Civil Veterinary Department. Central Provinces & Berar 1932-41 - 1932-1941
Year: 1932
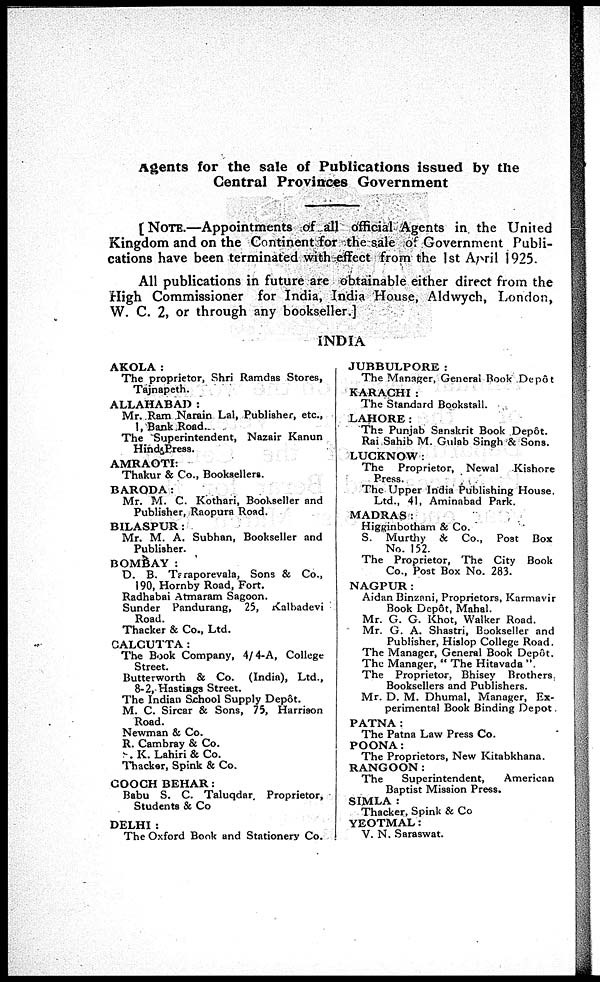
Agents for the sale of Publications issued by the
Central Provinces Government
[NOTE.—Appointments of all official Agents in the United
Kingdom and on the Continent for the sale of Government Publi-
cations have been terminated with effect from the 1st April 1925.
All publications in future are obtainable either direct from the
High Commissioner for India, India House, Aldwych, London,
W. C. 2, or through any bookseller.]
INDIA
AKOLA:
The proprietor, Shri Ramdas Stores,
Tajnapeth.
ALLAHABAD :
Mr. Ram Narain Lal, Publisher, etc.,
1, Bank Road..
The Superintendent, Nazair Kanun
Hind, Press.
AMRAOTI:
Thakur & Co., Booksellers.
BARODA:
Mr. M. C. Kothari, Bookseller and
Publisher, Raopura Road.
BILASPUR :
Mr. M. A. Subhan, Bookseller and
Publisher.
BOMBAY :
D. B. Taraporevala, Sons & Co.,
190, Hornby Road, Fort.
Radhabai Atmaram Sagoon.
Sunder Pandurang, 25, Kalbadevi
Road.
Thacker & Co., Ltd.
CALCUTTA:
The Book Company, 4/4-A, College
Street.
Butterworth & Co. (India), Ltd.,
8-2, Hastiags Street.
The Indian School Supply Depôt.
M. C. Sircar & Sons, 75, Harrison
Road.
Newman & Co.
R. Cambray & Co.
K. Lahiri & Co.
Thacker, Spink & Co.
COOCH BEHAR:
Babu S. C. Taluqdar. Proprietor,
Students & Co
DELHI:
The Oxford Book and Stationery Co.
JUBBULPORE:
The Manager, General Book Depôt
KARACHI :
The Standard Bookstall.
LAHORE:
The Punjab Sanskrit Book Depot.
Rai Sahib M. Gulab Singh & Sons.
LUCKNOW :
The Proprietor, Newal
Kishore
Press.
The Upper India Publishing House.
Ltd., 41, Aminabad Park.
MADRAS:
Higginbotham & Co.
S. Murthy & Co., Post Box
No. 152.
The Proprietor, The City Book
Co., Post Box No. 283.
NAGPUR:
Aidan Binzani, Proprietors, Karmavir
Book Depôt, Mahal.
Mr. G. G. Khot, Walker Road.
Mr. G. A. Shastri, Bookseller and
Publisher, Hislop College Road.
The Manager, General Book Depôt.
The Manager, "The Hitavada"
The Proprietor, Bhisey Brothers
Booksellers and Publishers.
Mr. D. M. Dhumal, Manager, Ex-
perimental Book Binding Depot
PATNA:
The Patna Law Press Co.
POONA:
The Proprietors, New Kitabkhana.
RANGOON:
The
Superintendent,
American
Baptist Mission Press.
SIMLA :
Thacker, Spink & Co
YEOTMAL:
V. N. Saraswat.